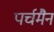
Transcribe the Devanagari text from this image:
पर्चमैन